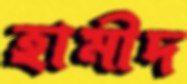
হামীদ